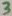
Text: 3